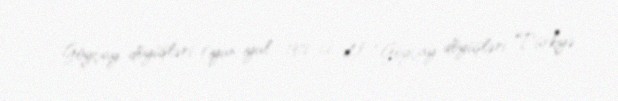
Göyçay döyüşləri (iyun-iyul 1918-ci il)”, “Göyçay döyüşləri Türkiyə